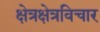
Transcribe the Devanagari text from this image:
क्षेत्रक्षेत्रविचार